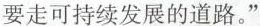
要走可持续发展的道路。”